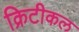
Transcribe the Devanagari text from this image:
क्रिटीकल